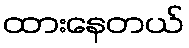
ထားနေတယ်